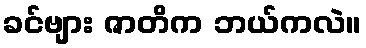
ခင်ဗျား ဇာတိက ဘယ်ကလဲ။